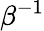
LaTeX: \beta^{-1}